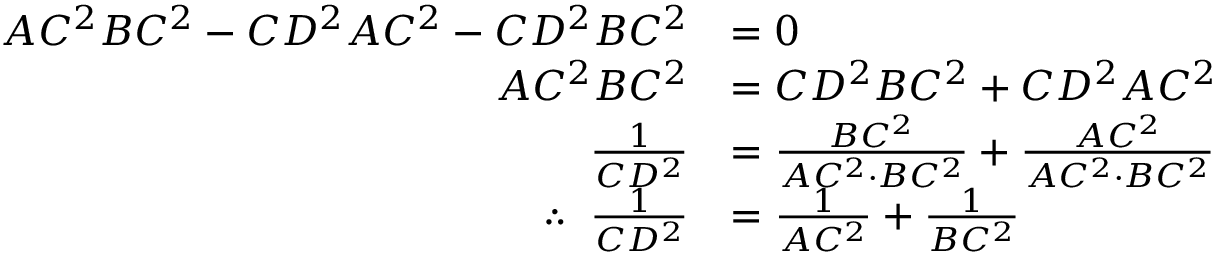
{ \begin{array} { r l } { A C ^ { 2 } B C ^ { 2 } - C D ^ { 2 } A C ^ { 2 } - C D ^ { 2 } B C ^ { 2 } } & { = 0 } \\ { A C ^ { 2 } B C ^ { 2 } } & { = C D ^ { 2 } B C ^ { 2 } + C D ^ { 2 } A C ^ { 2 } } \\ { { \frac { 1 } { C D ^ { 2 } } } } & { = { \frac { B C ^ { 2 } } { A C ^ { 2 } \cdot B C ^ { 2 } } } + { \frac { A C ^ { 2 } } { A C ^ { 2 } \cdot B C ^ { 2 } } } } \\ { \therefore \; \; { \frac { 1 } { C D ^ { 2 } } } } & { = { \frac { 1 } { A C ^ { 2 } } } + { \frac { 1 } { B C ^ { 2 } } } } \end{array} }